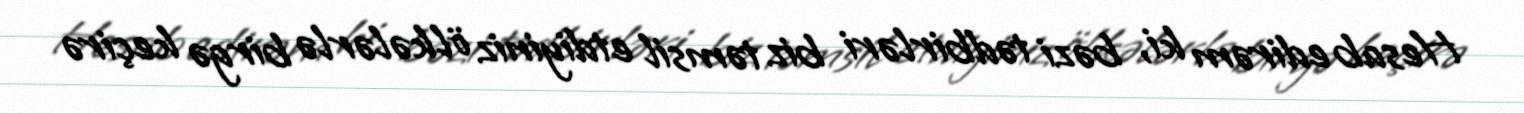
Hesab edirəm ki, bəzi tədbirləri biz təmsil etdiyiniz ölkələrlə birgə keçirə